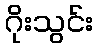
ဂိုးသွင်း